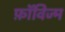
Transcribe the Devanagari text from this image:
फ़ॉविज्म